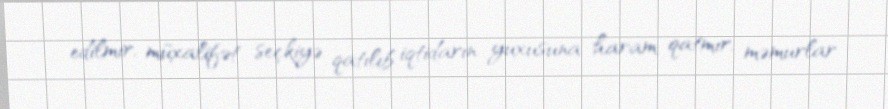
edilmir, müxalifət seçkiyə qatılıb iqtidarın yuxusuna haram qatmır, məmurlar